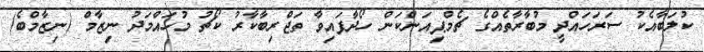
ކުލަބާއެކު ސަރަހައްދީ މުބާރާތެއްގެ ޗެމްޕިއަންކަން ހޯދާފައިވާ ތަޖްރިބާކާރު ކޯޗު މުހައްމަދު ނިޒާމް (ނިޒާމްބެ)